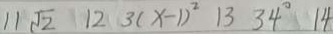
1 1 \sqrt { 2 } 1 2 3 ( x - 1 ) ^ { 2 } 1 3 3 4 ^ { \circ } 1 4